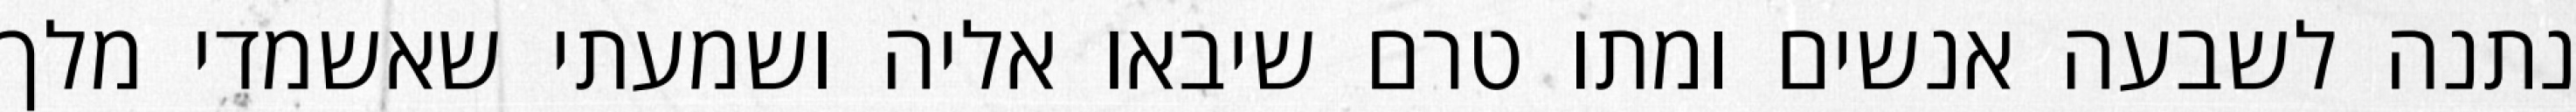
נתנה לשבעה אנשים ומתו טרם שיבאו אליה ושמעתי שאשמדי מלך